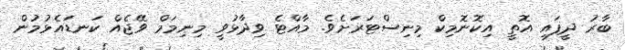
ބާރު ދީފައި އޮތީ އިކޮނޮމިކް މިނިސްޓަރަށެވެ. މާއްޓެ ވިދާޅުވީ މިނިމަމް ވޭޖެއް ކަނޑައެޅުމުން